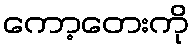
ကော့တေးကို